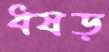
ধষড়